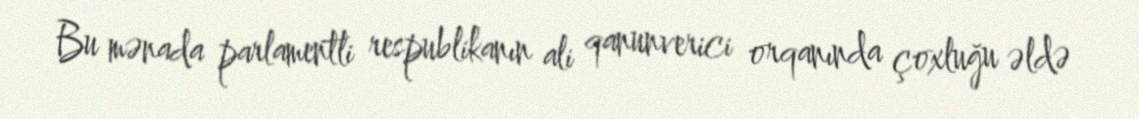
Bu mənada parlamentli respublikanın ali qanunverici orqanında çoxluğu əldə